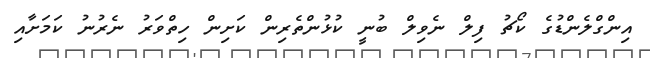
އިންގްލެންޑުގެ ކޯޗު ފިލް ނެވިލް ބުނީ ކުޅުންތެރިން ކަށިން ހިތްވަރު ނެރުނު ކަމަށާއި